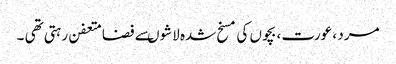
مرد ، عورت ، بچوں کی مسخ شدہ لاشوںسے فضامتعفن رہتی تھی ۔